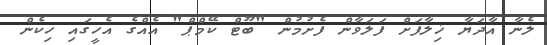
ލެނާ އާދަޔާ ޚިލާފަށް ފަލަވާން ފެށުމުން "ބޫޓް ކޭމްޕް" އެއްގެ އެހީގައި ހިކެން